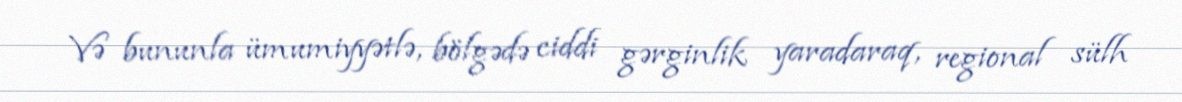
Və bununla ümumiyyətlə, bölgədə ciddi gərginlik yaradaraq, regional sülh